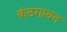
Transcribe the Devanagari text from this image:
कंठगायन